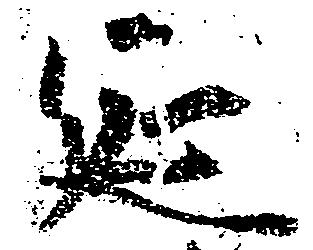
延